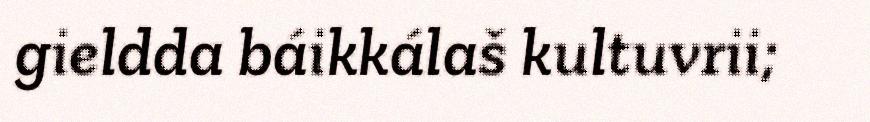
gieldda báikkálaš kultuvrii;